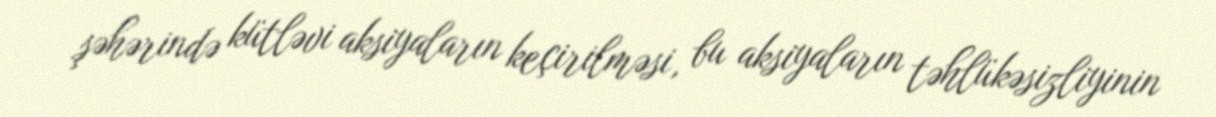
şəhərində kütləvi aksiyaların keçirilməsi, bu aksiyaların təhlükəsizliyinin